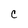
Character: C